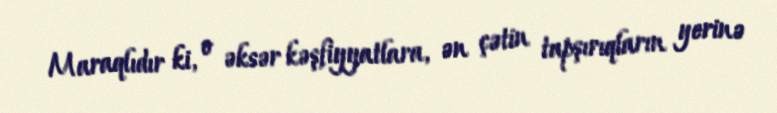
Maraqlıdır ki, o əksər kəşfiyyatlara, ən çətin tapşırıqların yerinə